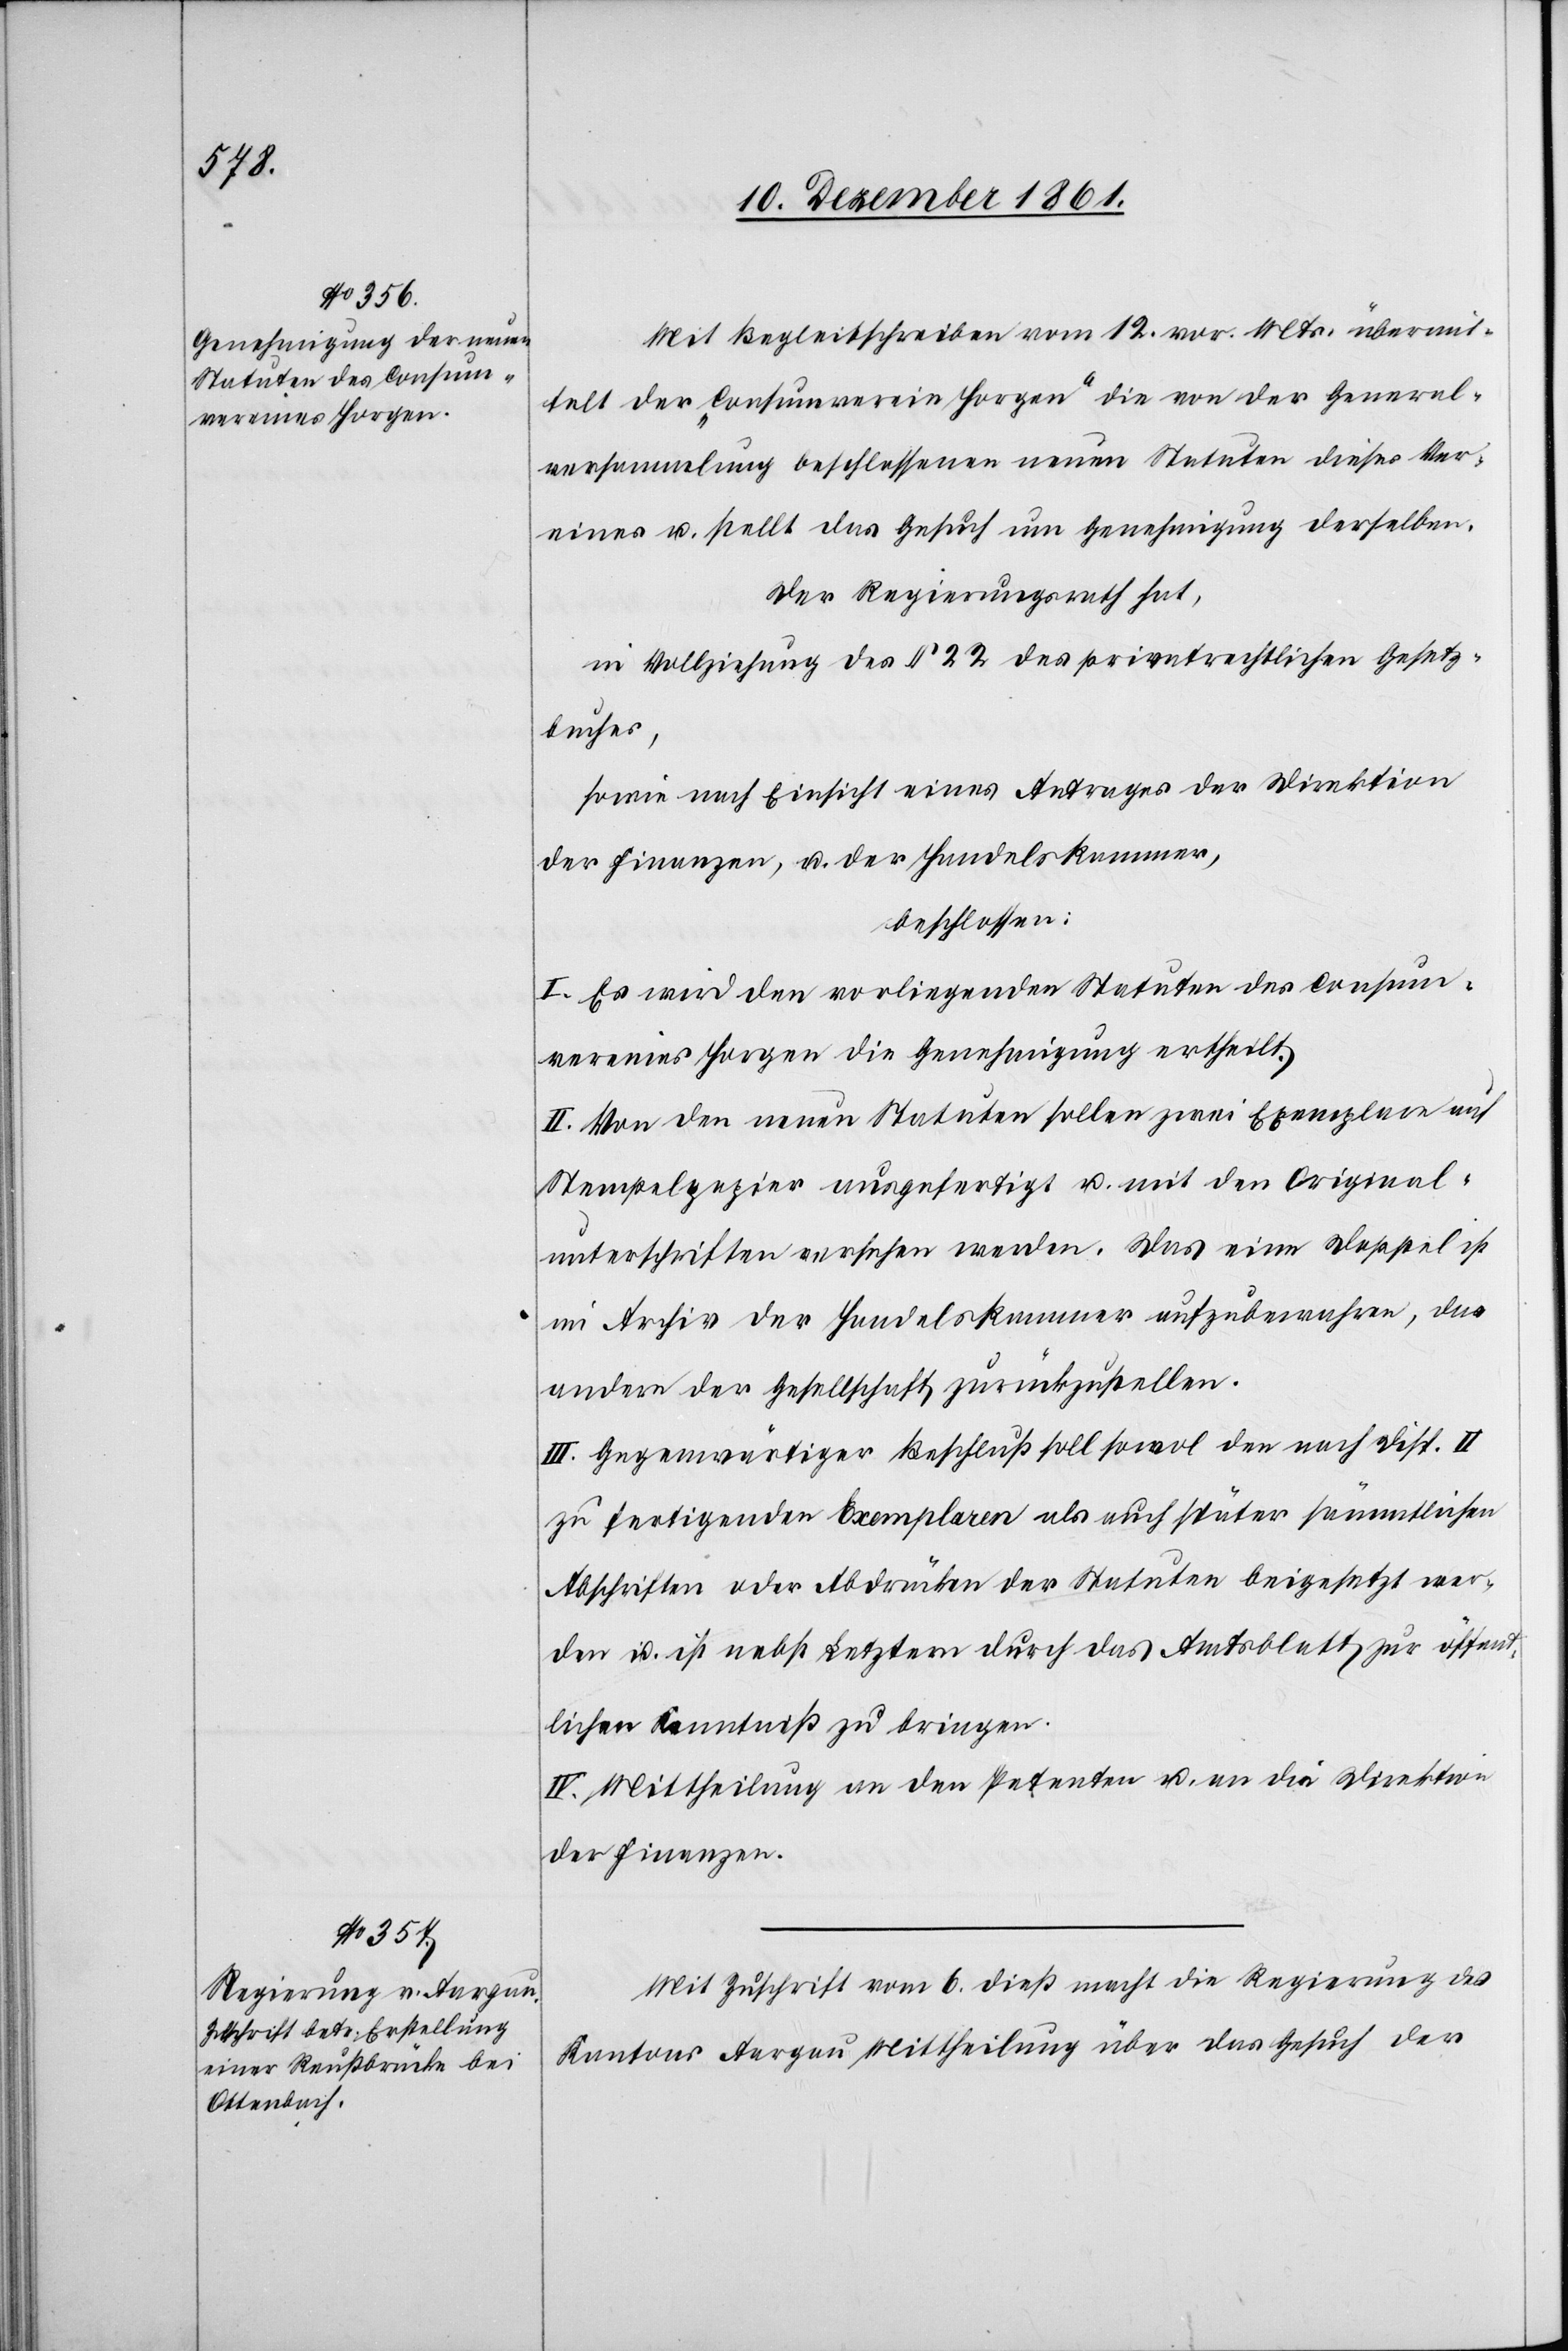
Mit Begleitschreiben vom 12 vor. Mts. übermit¬
telt der „Consumverein Horgen“ die von der General¬
versammlung beschlossenen neuen Statuten dieses Ver¬
eines u. stellt das Gesuch um Genehmigung derselben.
Der Regierungsrath hat,
in Vollziehung des § 22 des privatrechtlichen Gesetz¬
buches,
sowie nach Einsicht eines Antrages der Direktion
der Finanzen, u. der Handelskammer,
beschlossen:
I. Es wird den vorliegenden Statuten des Consum¬
vereines Horgen die Genehmigung ertheilt.
II. Von den neuen Statuten sollen zwei Exemplare auf
Stempelpapier ausgefertigt u. mit den Original¬
unterschriften versehen werden. Das eine Doppel ist
im Archiv der Handelskammer aufzubewahren, das
andere der Gesellschaft zurückzustellen.
III. Gegenwärtiger Beschluß soll sowol den nach Disp. II
zu fertigenden Exemplaren als auch später sämmtlichen
Abschriften oder Abdrücken der Statuten beigesetzt wer¬
den u. ist nebst Letztern durch das Amtsblatt zur öffen¬
tlichen Kenntniß zu bringen.
IV. Mittheilung an den Petenten u. an die Direktion
der Finanzen.
Mit Zuschrift vom 6 dieß macht die Regierung des
Kantons Aargau Mittheilung über das Gesuch der